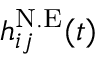
h _ { i j } ^ { \mathrm { N . E } } ( t )